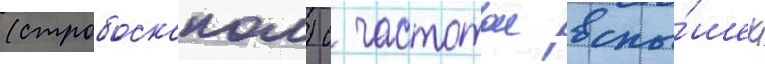
(стробоскопом) с частотои вспы́шек